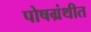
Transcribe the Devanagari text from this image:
पोषग्रंथीत